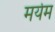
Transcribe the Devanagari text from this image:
मर्यम